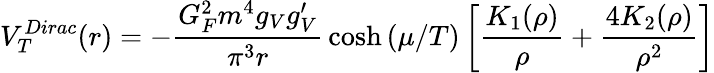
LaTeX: V_{T}^{Dirac}(r)=-{\frac{G_{F}^{2}m^{4}g_{V}g_{V}^{\prime}}{\pi^{3}r}}\cosh{(\mu/T)}\left[{\frac{K_{1}(\rho)}{\rho}}+{\frac{4K_{2}(\rho)}{\rho^{2}}}\right]